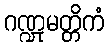
ဂဏ္ဍုမတ္တိကံ